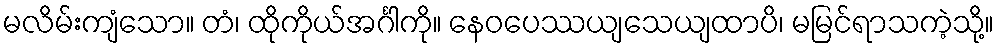
မလိမ်းကျံသော။ တံ၊ ထိုကိုယ်အင်္ဂါကို။ နေဝပေဿယျသေယျထာပိ၊ မမြင်ရာသကဲ့သို့။